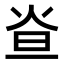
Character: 𤇁